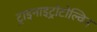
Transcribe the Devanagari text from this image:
ट्राइनाइट्रोटोल्विन